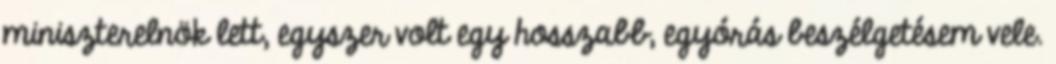
miniszterelnök lett, egyszer volt egy hosszabb, egyórás beszélgetésem vele.